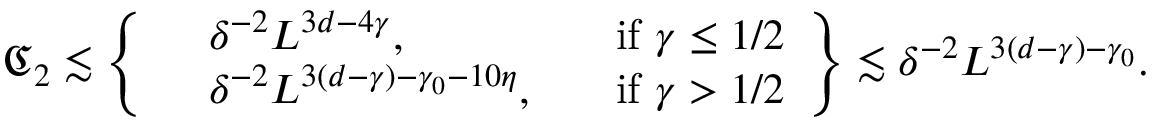
\mathfrak C _ { 2 } \lesssim \left\{ \begin{array} { r l r l } & { \delta ^ { - 2 } L ^ { 3 d - 4 \gamma } , } & & { \mathrm { i f } \, \, \gamma \leq 1 / 2 } \\ & { \delta ^ { - 2 } L ^ { 3 ( d - \gamma ) - \gamma _ { 0 } - 1 0 \eta } , } & & { \mathrm { i f } \, \, \gamma > 1 / 2 } \end{array} \right\} \lesssim \delta ^ { - 2 } L ^ { 3 ( d - \gamma ) - \gamma _ { 0 } } .